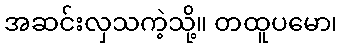
အဆင်းလှသကဲ့သို့။ တထူပမော၊